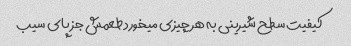
کیفیت سطح شیرینی به هر چیزی میخورد طعمش جز پای سیب